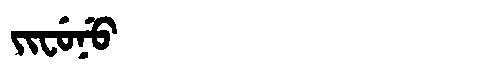
Manchu: ᠵᡳᠸᡠᠨᡠ
Romanization: JIFUNU